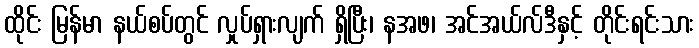
ထိုင်း မြန်မာ နယ်စပ်တွင် လှုပ်ရှားလျက် ရှိပြီး၊ နအဖ၊ အင်အယ်လ်ဒီနှင့် တိုင်းရင်းသား